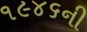
૧૯૪૬ની